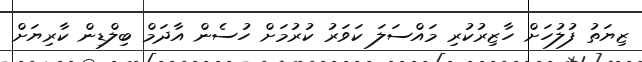
ޒިޔަތު ފުލުހަށް ހާޒިރުކުރި މައްސަލަ ކަވަރު ކުރުމަށް ހުސެން އާދަމް ބިލްޑިން ކާރިޔަށް